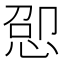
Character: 𫺕